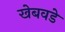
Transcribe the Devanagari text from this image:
खेबवडे